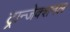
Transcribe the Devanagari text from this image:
ट्रान्जेक्शनल